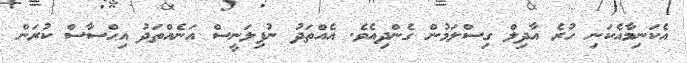
އެކަނިމާއެކަނި ހުރެ އާދިލް ގިސްލަމުން ގެންދިއެވެ. އެއްތަދު ނުފިލަނީސް އަނެއްތަދު އިޙްސާސް ކުރަން